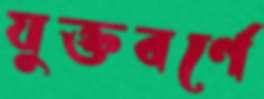
যুক্তবর্ণে